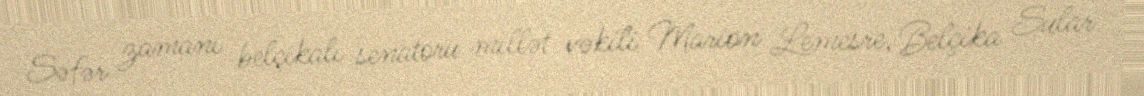
Səfər zamanı belçikalı senatoru millət vəkili Marion Lemesre, Belçika Sular